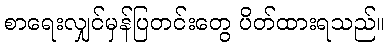
စာရေးလျှင်မှန်ပြတင်းတွေ ပိတ်ထားရသည်။